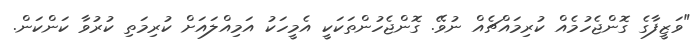
"ވަޒީފާގެ ގޮންޖެހުމެއް ކުރިމައްޗެއް ނުވޭ. ގޮންޖެހުންތަކަކީ އެމީހަކު އަމިއްލައަށް ކުރިމަތި ކުރުވާ ކަންކަން.